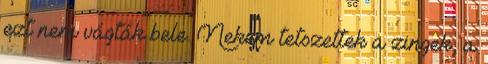
ezt nem vágták bele. Nekem tetszettek a zingek, a